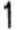
1